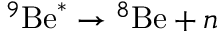
{ ^ { 9 } \mathrm { { B e } ^ { * } } } \to { ^ { 8 } \mathrm { { B e } } } + n